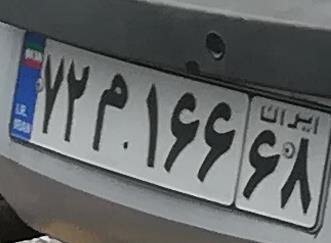
۷۲م۱۶۶۶۸